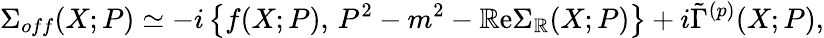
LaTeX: \Sigma_{off}(X;P)\simeq-i\left\{ f(X;P),\, P^{2}-m^{2}-\mathbb{R}\mathrm{e}\Sigma_{\mathbb{R}}(X;P)\right\} +i\tilde{{\Gamma}}^{(p)}(X;P),